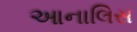
આનાલિસ